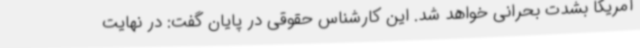
آمریکا بشدت بحرانی خواهد شد. این کارشناس حقوقی در پایان گفت: در نهایت